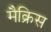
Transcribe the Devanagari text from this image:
मैक्रिस